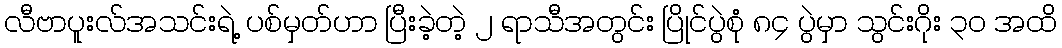
လီဗာပူးလ်အသင်းရဲ့ ပစ်မှတ်ဟာ ပြီးခဲ့တဲ့ ၂ ရာသီအတွင်း ပြိုင်ပွဲစုံ ၈၄ ပွဲမှာ သွင်းဂိုး ၃၀ အထိ